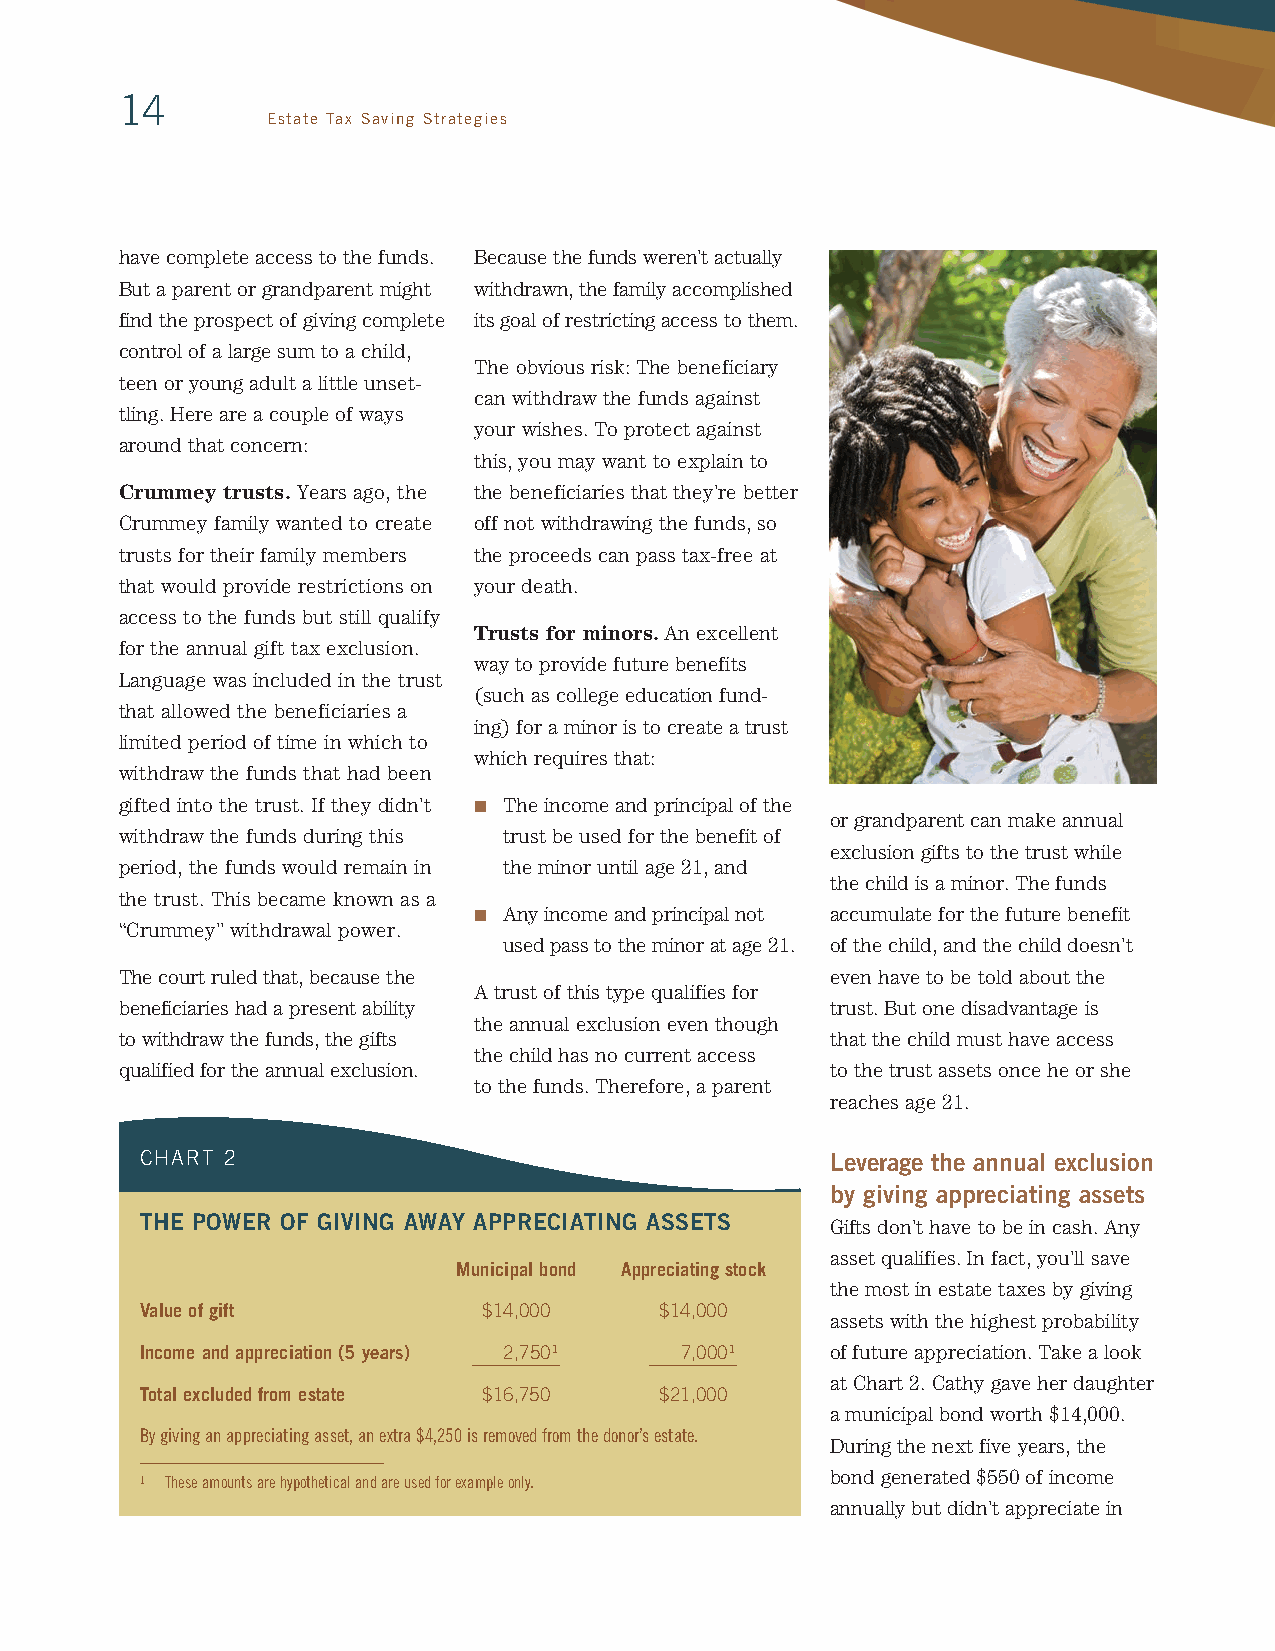
14
 Estate Tax Saving Strategies
 have complete access to the funds. Because the funds weren’t actually
 But a parent or grandparent might withdrawn, the family accomplished
 find the prospect of giving complete its goal of restricting access to them.
 control of a large sum to a child,
 The obvious risk: The beneficiary
 teen or young adult a little unset-
 can withdraw the funds against
 tling. Here are a couple of ways
 your wishes. To protect against
 around that concern:
 this, you may want to explain to
 Crummey trusts. Years ago, the the beneficiaries that they’re better
 Crummey family wanted to create off not withdrawing the funds, so
 trusts for their family members the proceeds can pass tax-free at
 that would provide restrictions on your death.
 access to the funds but still qualify
 Trusts for minors. An excellent
 for the annual gift tax exclusion.
 way to provide future benefits
 Language was included in the trust
 (such as college education fund-
 that allowed the beneficiaries a
 ing) for a minor is to create a trust
 limited period of time in which to
 which requires that:
 withdraw the funds that had been
 gifted into the trust. If they didn’t n The income and principal of the
 or grandparent can make annual
 withdraw the funds during this trust be used for the benefit of
 exclusion gifts to the trust while
 period, the funds would remain in the minor until age 21, and
 the child is a minor. The funds
 the trust. This became known as a
 n Any income and principal not accumulate for the future benefit
 “Crummey” withdrawal power.
 used pass to the minor at age 21. of the child, and the child doesn’t
 The court ruled that, because the              even have to be told about the
 A trust of this type qualifies for
 beneficiaries had a present ability            trust. But one disadvantage is
 the annual exclusion even though
 to withdraw the funds, the gifts               that the child must have access
 the child has no current access
 qualified for the annual exclusion.            to the trust assets once he or she
 to the funds. Therefore, a parent
 reaches age 21.
 CHART 2                                       Leverage the annual exclusion
 by giving appreciating assets
 THE POWER OF GIVING AWAY APPRECIATING ASSETS  Gifts don’t have to be in cash. Any
 asset qualifies. In fact, you’ll save
 Municipal bond Appreciating stock
 the most in estate taxes by giving
 Value of gift          $14,000     $14,000
 assets with the highest probability
 Income and appreciation (5 years) 2,7501 7,0001 of future appreciation. Take a look
 at Chart 2. Cathy gave her daughter
 Total excluded from estate $16,750 $21,000
 a municipal bond worth $14,000.
 By giving an appreciating asset, an extra $4,250 is removed from the donor’s estate.
 During the next five years, the
 bond generated $550 of income
 1 These amounts are hypothetical and are used for example only.
 annually but didn’t appreciate in